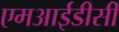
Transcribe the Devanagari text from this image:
एमआईडीसी